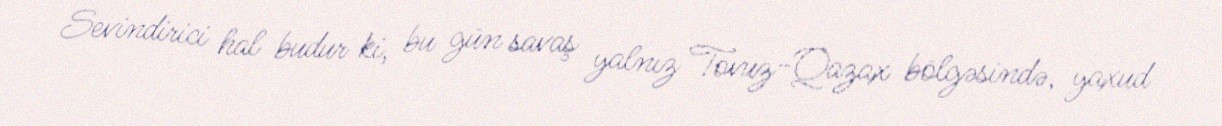
Sevindirici hal budur ki, bu gün savaş yalnız Tovuz-Qazax bölgəsində, yaxud